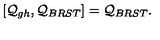
[ { \cal Q } _ { g h } , { \cal Q } _ { B R S T } ] = { \cal Q } _ { B R S T } .